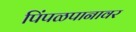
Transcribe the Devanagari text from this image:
पिंपळपानावर